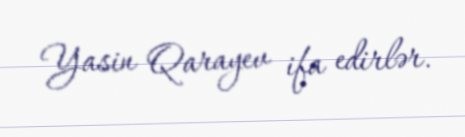
Yasin Qarayev ifa edirlər.